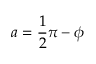
a = { \frac { 1 } { 2 } } \pi - \phi